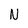
Character: N